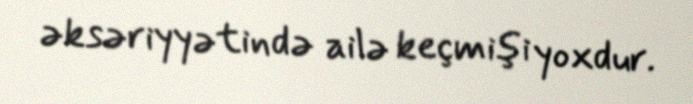
əksəriyyətində ailə keçmişi yoxdur.